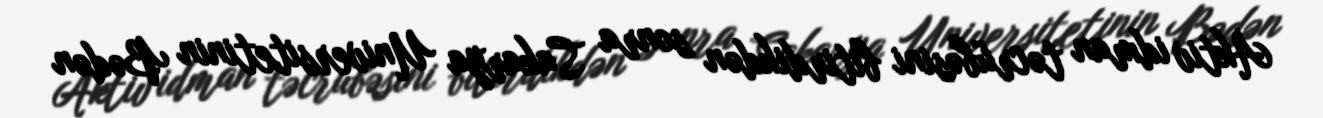
Aktiv idman təcrübəsini bitirdikdən sonra Sakarya Universitetinin Bədən